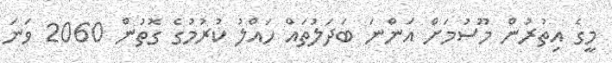
މީގެ އިތުރުން މޫސުމަށް އަންނަ ބަދަލުތައް ހައްލު ކުރުމުގެ ގޮތުން 2060 ވަނަ